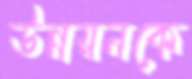
উন্নয়নকে